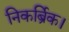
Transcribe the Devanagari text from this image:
निकर्ब्रिक।